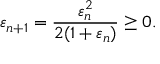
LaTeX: \varepsilon _ { n + 1 } = { \frac { \varepsilon _ { n } ^ { 2 } } { 2 ( 1 + \varepsilon _ { n } ) } } \geq 0 .